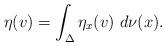
LaTeX: \begin{align*}\eta(v) = \int_{\Delta} \eta_{x}(v) \ d\nu(x).\end{align*}